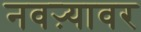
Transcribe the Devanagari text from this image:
नवऱ्यावर